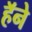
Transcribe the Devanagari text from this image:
हॅने